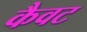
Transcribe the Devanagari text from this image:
कैवट